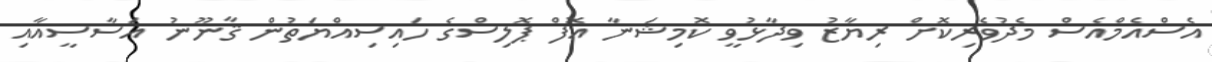
އެސްއެމްއެސް މެދުވެރިކޮށް ރިޔާޒު ވިދާޅުވީ ކޮމިޝަނާ އޮފް ޕޮލިސްގެ ހައިސިއްޔަތުން ޤާނޫނު އަސާސީއާއި